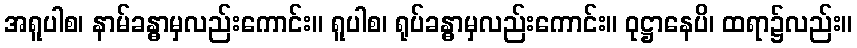
အရူပါစ၊ နာမ်ခန္ဓာမှလည်းကောင်း။ ရူပါစ၊ ရုပ်ခန္ဓာမှလည်းကောင်း။ ဝုဋ္ဌာနေပိ၊ ထရာ၌လည်း။